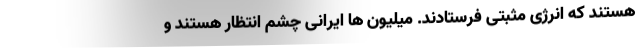
هستند که انرژی مثبتی فرستادند. میلیون ها ایرانی چشم انتظار هستند و